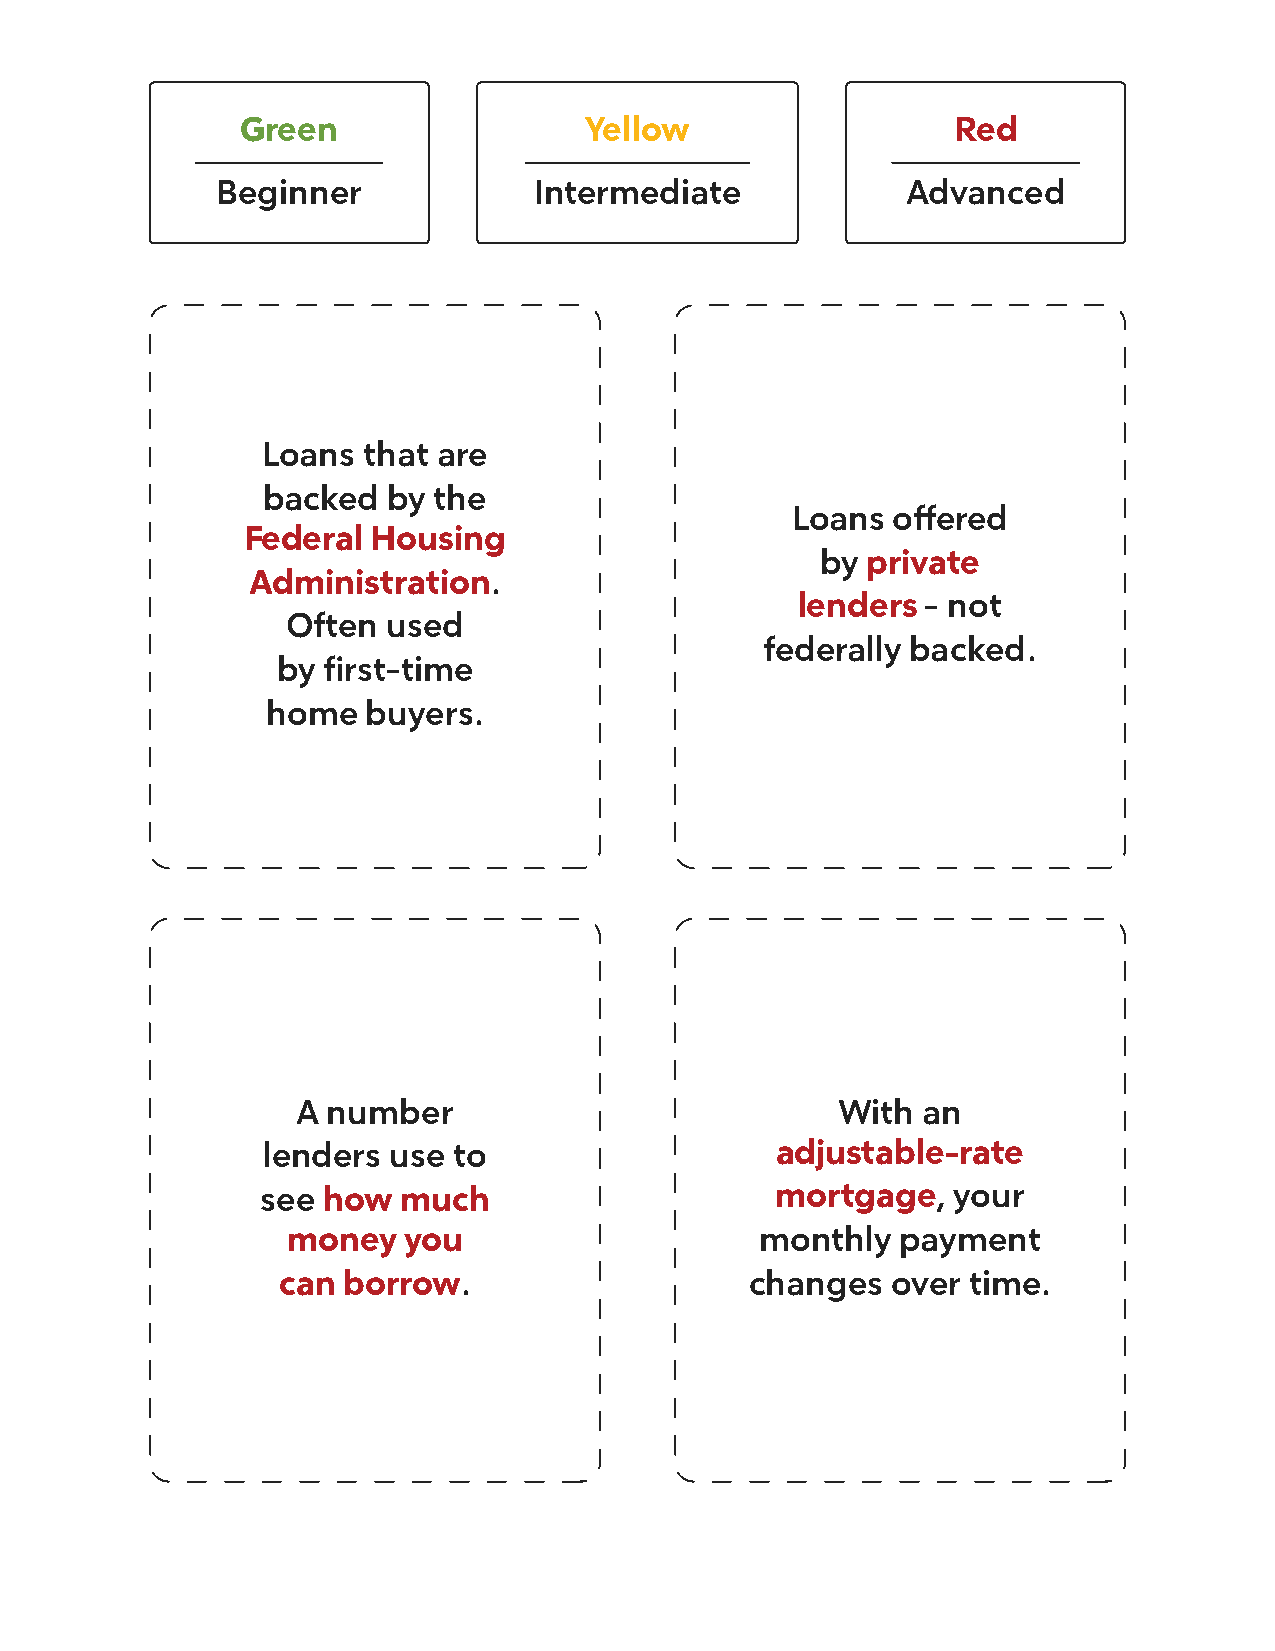
Green                  Yellow                  Red
 Beginner             Intermediate             Advanced
 Loans  that are
 backed   by the
 Loans  offered
 Federal  Housing
 by private
 Administration.
 lenders - not
 Often  used
 federally backed.
 by first-time
 home  buyers.
 A number                           With  an
 lenders  use to                   adjustable-rate
 see how  much                     mortgage,   your
 money   you                    monthly   payment
 can  borrow.                    changes  over time.